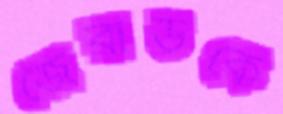
জেরার্ডকে